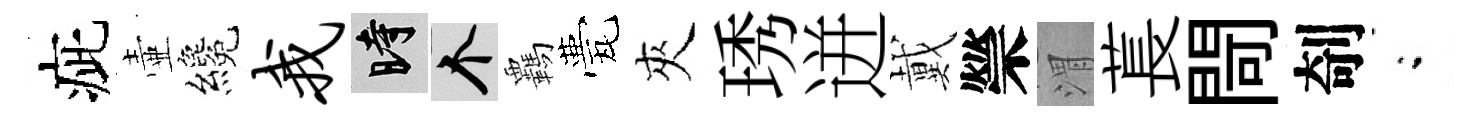
疵壷纔我时个覊甍夾琇迸戴禜渭萇閜剞閤